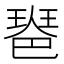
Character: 𤧲